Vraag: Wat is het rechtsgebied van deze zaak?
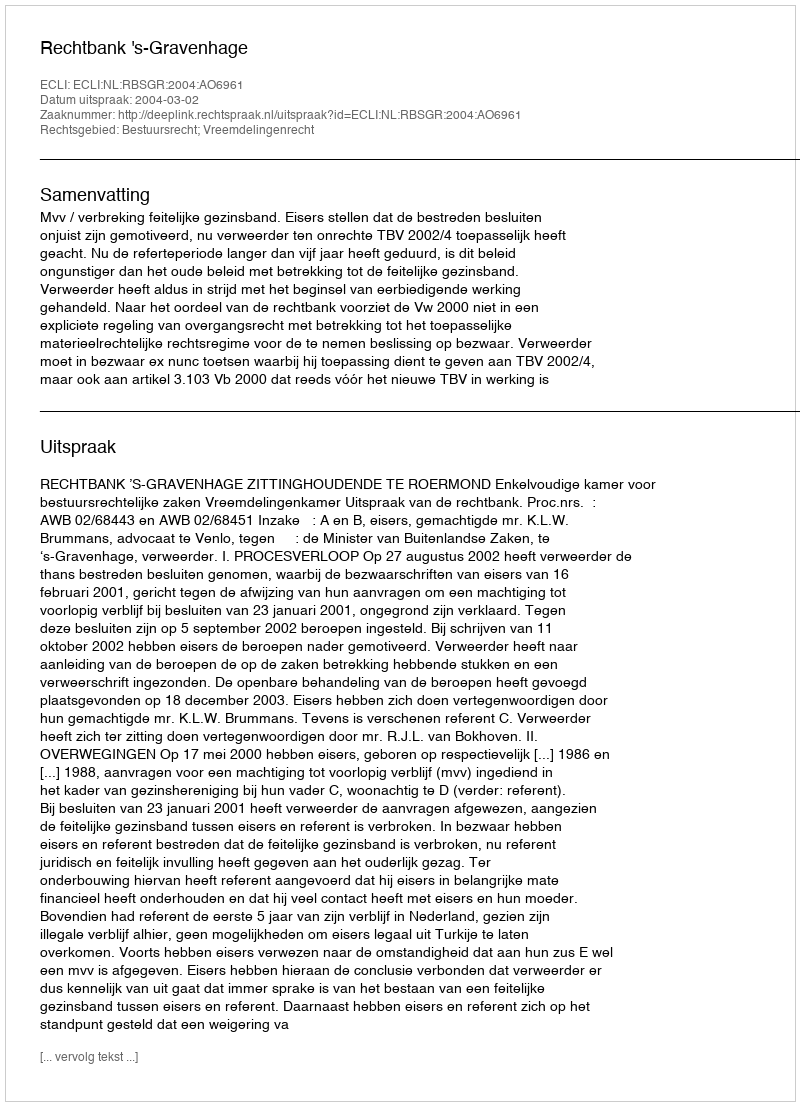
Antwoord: Bestuursrecht; Vreemdelingenrecht